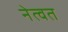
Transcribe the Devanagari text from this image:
नेत्वत